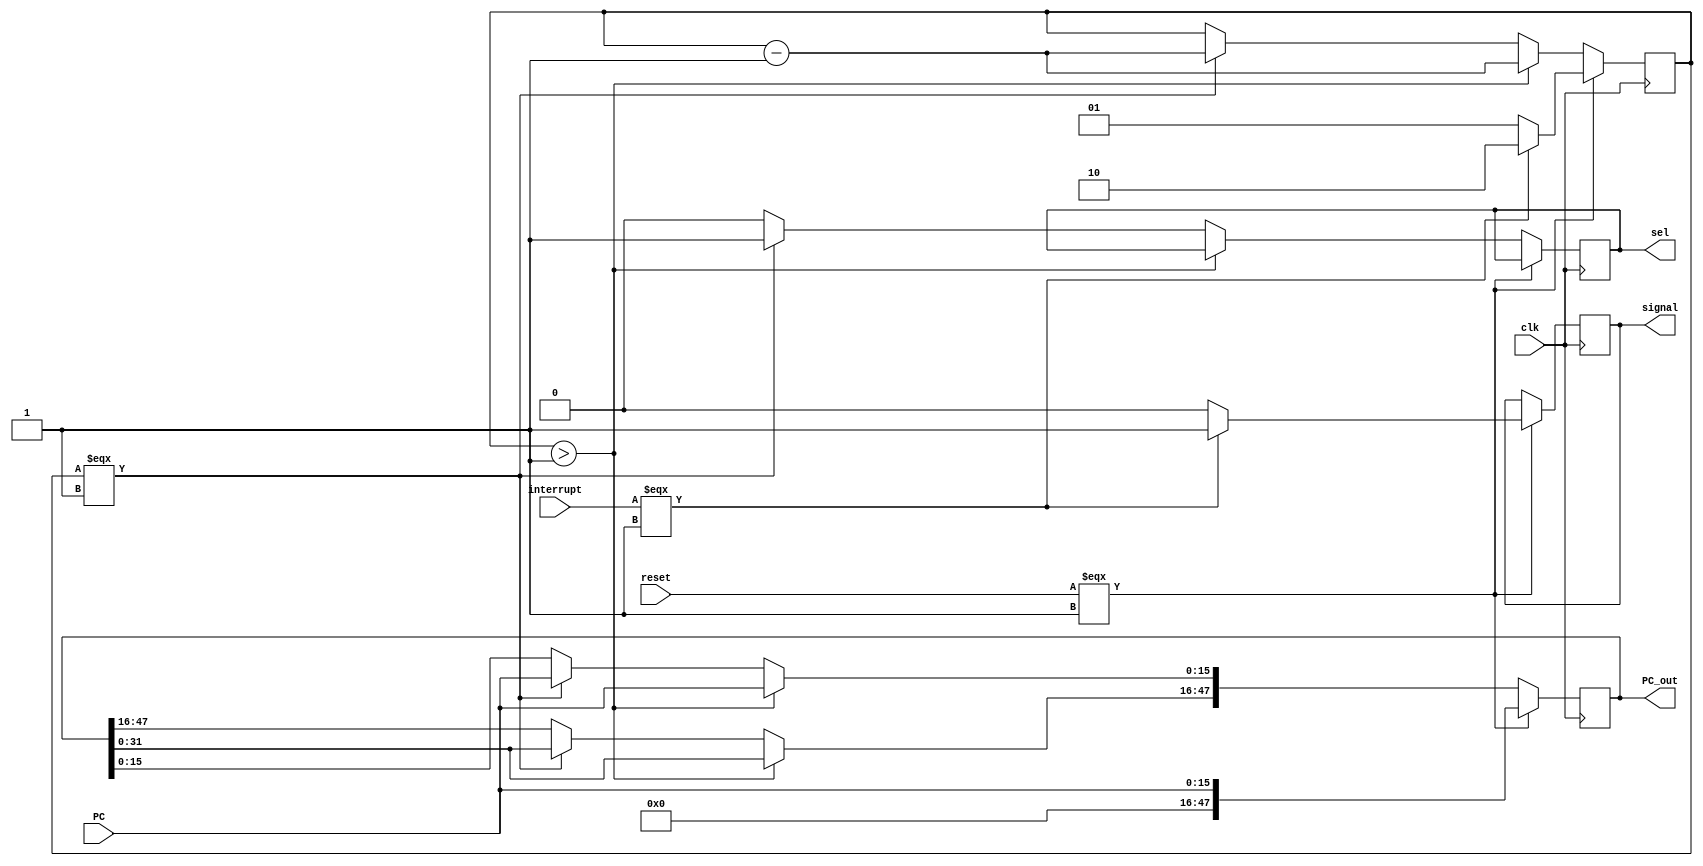
module BlackBox(clk,interrupt,PC,reset,PC_out, sel, signal);
input clk,reset,interrupt;
input [15:0] PC;
output reg [47:0] PC_out;
output reg sel, signal;

reg [1:0] count_state;

localparam count = 1'b1;

always @(posedge clk)begin
// else if(count_state > 2'b01) begin
//         PC_out = PC_out << 16;
//         PC_out[15:0] = PC;
//         count_state=count_state-2'b01;
//         sel = 1'b0;
//     end else if(count_state===2'b01) begin
//         count_state=count_state-2'b01;
//         sel = 1'b1;
//     end
    if(reset===1'b1)begin
        signal = 1'b0;
        if(interrupt === 1'b1)begin
            count_state=2'b10;
            PC_out = {32'b0 , PC};
            signal = 1'b1;
        end else begin
            count_state=2'b01;
            PC_out = {32'b0 , PC};
        end
        // count_state = 2'b0;
    end else if (count_state > 2'b01)begin
        count_state=count_state-2'b01;
        PC_out = PC_out << 16;
        PC_out[15:0] = PC;
        // sel = 1'b1;
    end else if (count_state === 2'b01)begin
        count_state=count_state-2'b01;
        PC_out = PC_out << 16;
        PC_out[15:0] = PC;
        sel = 1'b1;
    end else begin
        sel = 1'b0;
    end

end

endmodule